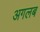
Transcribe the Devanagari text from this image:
अगलब